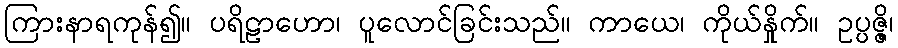
ကြားနာရကုန်၍။ ပရိဠာဟော၊ ပူလောင်ခြင်းသည်။ ကာယေ၊ ကိုယ်နှိုက်။ ဥပ္ပဇ္ဇိ၊